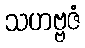
သဟဗ္ဗဇံ